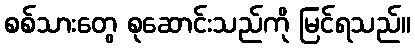
စစ်သားတွေ စုဆောင်းသည်ကို မြင်ရသည်။